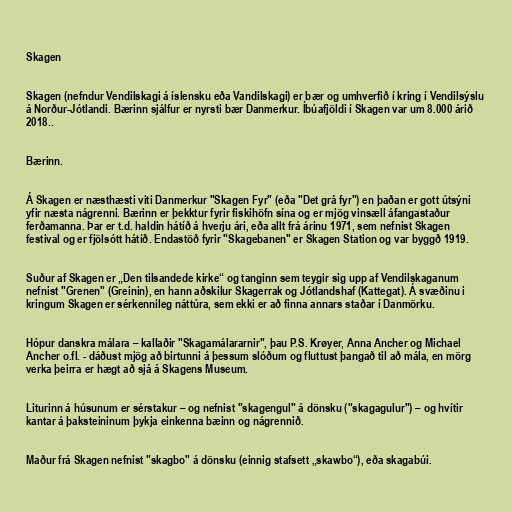
Skagen

Skagen (nefndur Vendilskagi á íslensku eða Vandilskagi) er bær og umhverfið í kring í Vendilsýslu
á Norður-Jótlandi. Bærinn sjálfur er nyrsti bær Danmerkur. Íbúafjöldi í Skagen var um 8.000 árið
2018..

Bærinn.

Á Skagen er næsthæsti viti Danmerkur "Skagen Fyr" (eða "Det grå fyr") en þaðan er gott útsýni
yfir næsta nágrenni. Bærinn er þekktur fyrir fiskihöfn sína og er mjög vinsæll áfangastaður
ferðamanna. Þar er t.d. haldin hátíð á hverju ári, eða allt frá árinu 1971, sem nefnist Skagen
festival og er fjölsótt hátíð. Endastöð fyrir "Skagebanen" er Skagen Station og var byggð 1919.

Suður af Skagen er „Den tilsandede kirke“ og tanginn sem teygir sig upp af Vendilskaganum
nefnist "Grenen" (Greinin), en hann aðskilur Skagerrak og Jótlandshaf (Kattegat). Á svæðinu i
kringum Skagen er sérkennileg náttúra, sem ekki er að finna annars staðar í Danmörku.

Hópur danskra málara – kallaðir "Skagamálararnir", þau P.S. Krøyer, Anna Ancher og Michael
Ancher o.fl. - dáðust mjög að birtunni á þessum slóðum og fluttust þangað til að mála, en mörg
verka þeirra er hægt að sjá á Skagens Museum.

Liturinn á húsunum er sérstakur – og nefnist "skagengul" á dönsku ("skagagulur") – og hvítir
kantar á þaksteininum þykja einkenna bæinn og nágrennið.

Maður frá Skagen nefnist "skagbo" á dönsku (einnig stafsett „skawbo“), eða skagabúi.